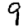
Digit: 9